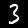
Label: 3